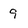
Character: 9